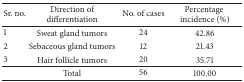
| Sr. no. | Direction of differentiation | No. of cases | Percentage incidence (%) |
 | --- | --- | --- | --- |
 | 1 | Sweat gland tumors | 24 | 42.86 |
 | 2 | Sebaceous gland tumors | 12 | 21.43 |
 | 3 | Hair follicle tumors | 20 | 35.71 |
 |  | Total | 56 | 100.00 |